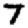
Digit: 7